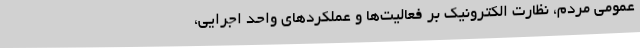
عمومی مردم، نظارت الکترونیک بر فعالیت‌ها و عملکردهای واحد اجرایی،